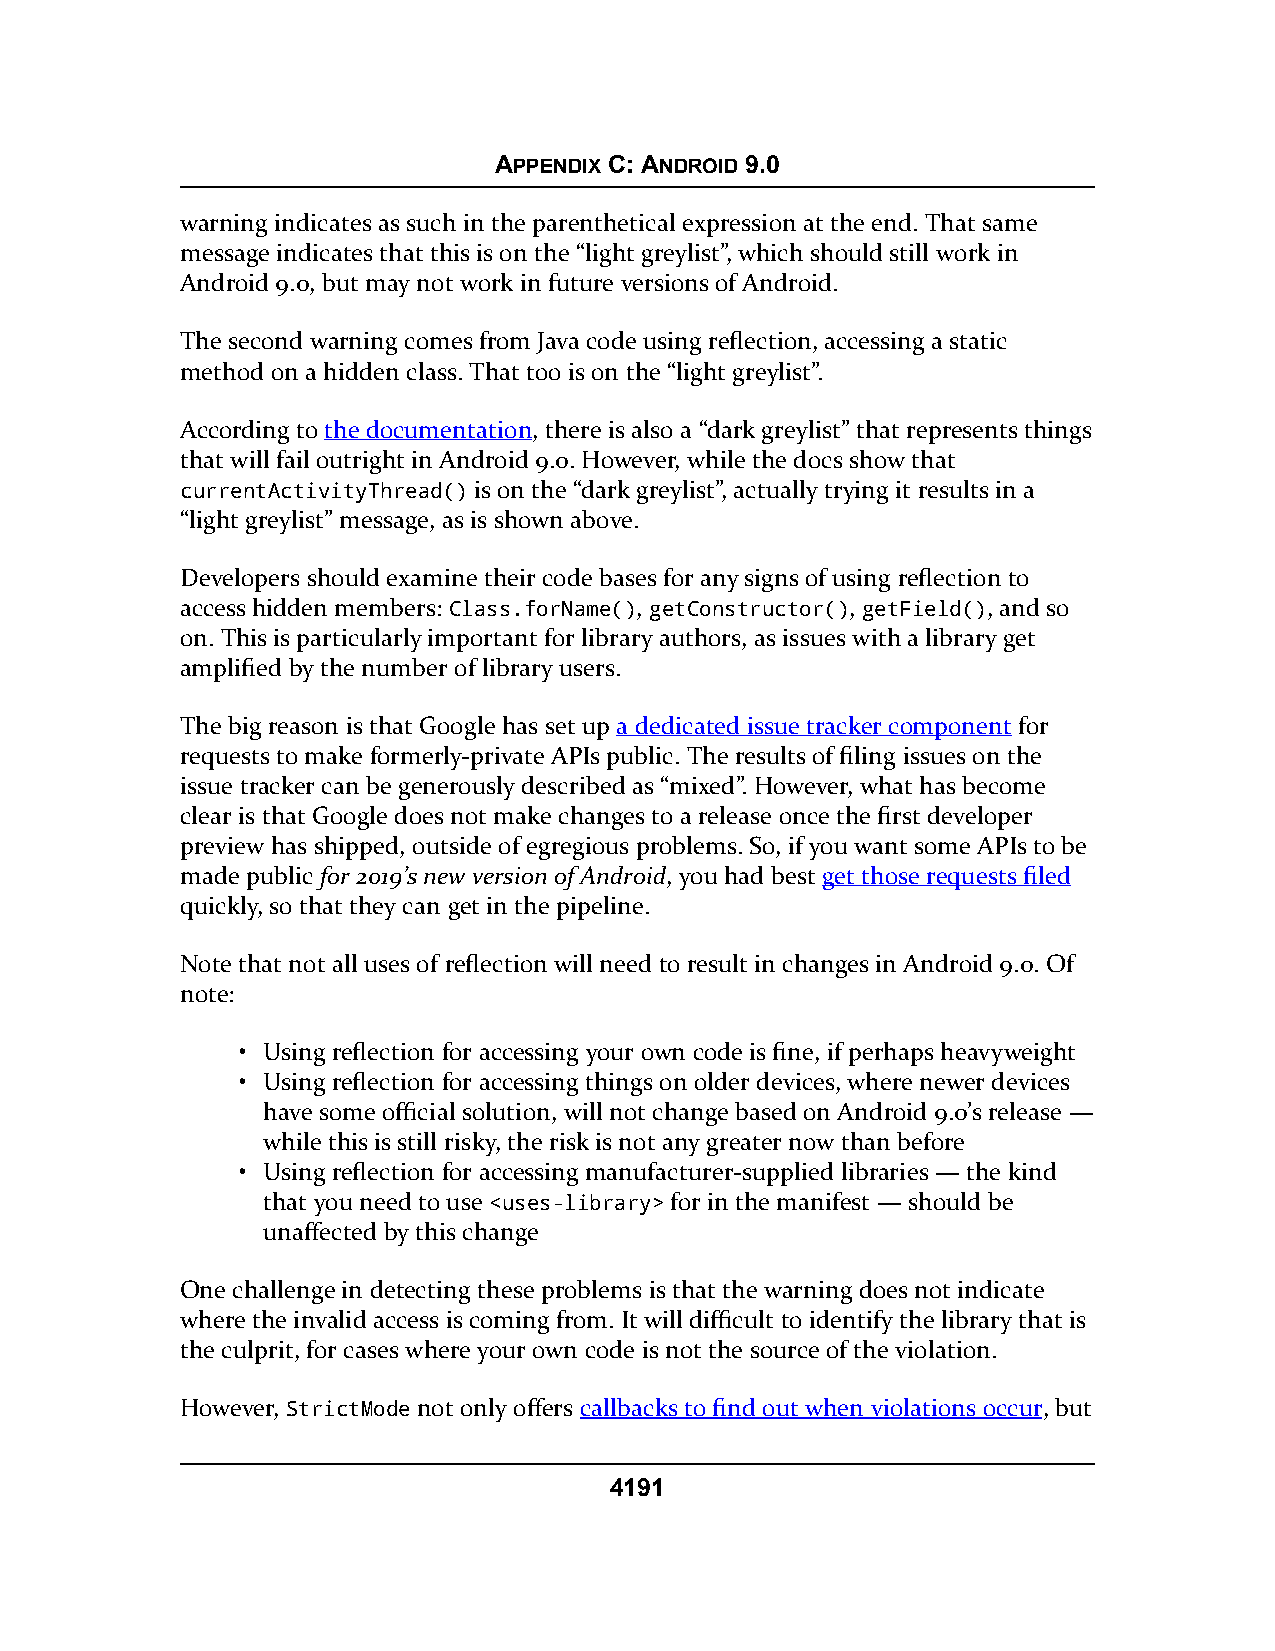
APPENDIX C: ANDROID 9.0
 warning indicates as such in the parenthetical expression at the end. That same
 message indicates that this is on the “light greylist”, which should still work in
 Android 9.0, but may not work in future versions of Android.
 The second warning comes from Java code using reflection, accessing a static
 method on a hidden class. That too is on the “light greylist”.
 According to the documentation, there is also a “dark greylist” that represents things
 that will fail outright in Android 9.0. However, while the docs show that
 currentActivityThread() is on the “dark greylist”, actually trying it results in a
 “light greylist” message, as is shown above.
 Developers should examine their code bases for any signs of using reflection to
 access hidden members: Class.forName(), getConstructor(), getField(), and so
 on. This is particularly important for library authors, as issues with a library get
 amplified by the number of library users.
 The big reason is that Google has set up a dedicated issue tracker component for
 requests to make formerly-private APIs public. The results of filing issues on the
 issue tracker can be generously described as “mixed”. However, what has become
 clear is that Google does not make changes to a release once the first developer
 preview has shipped, outside of egregious problems. So, if you want some APIs to be
 made public for 2019’s new version of Android, you had best get those requests filed
 quickly, so that they can get in the pipeline.
 Note that not all uses of reflection will need to result in changes in Android 9.0. Of
 note:
 • Using reflection for accessing your own code is fine, if perhaps heavyweight
 • Using reflection for accessing things on older devices, where newer devices
 have some official solution, will not change based on Android 9.0’s release —
 while this is still risky, the risk is not any greater now than before
 • Using reflection for accessing manufacturer-supplied libraries — the kind
 that you need to use <uses-library> for in the manifest — should be
 unaffected by this change
 One challenge in detecting these problems is that the warning does not indicate
 where the invalid access is coming from. It will difficult to identify the library that is
 the culprit, for cases where your own code is not the source of the violation.
 However, StrictMode not only offers callbacks to find out when violations occur, but
 4191